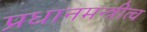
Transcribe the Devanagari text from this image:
प्रधानमन्त्रीत्व